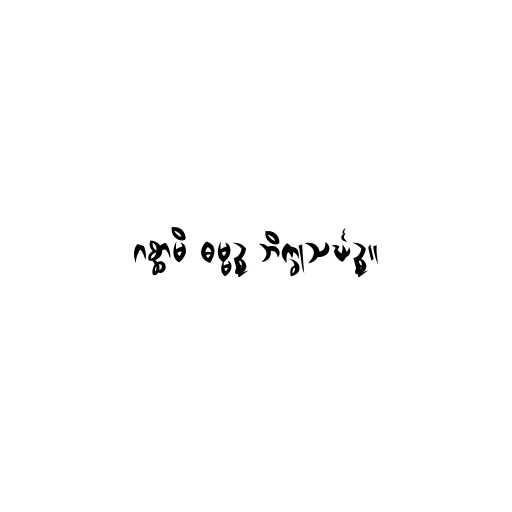
ဂစ္ဆာမိ ဓမ္မဉ္စ ဘိက္ခုသင်္ဃဉ္စ။